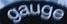
gauge